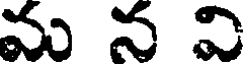
మ న వి